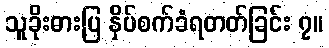
သူခိုးဓားပြ နှိပ်စက်ခံရတတ်ခြင်း ၇။